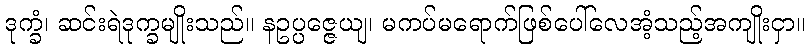
ဒုက္ခံ၊ ဆင်းရဲဒုက္ခမျိုးသည်။ နဥပ္ပဇ္ဇေယျ၊ မကပ်မရောက်ဖြစ်ပေါ်လေအံ့သည့်အကျိုးငှာ။